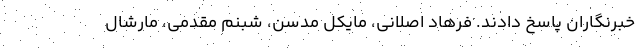
خبرنگاران پاسخ دادند. فرهاد اصلانی، مایکل مدسن، شبنم مقدمی، مارشال